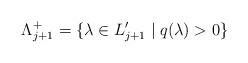
LaTeX: \begin{align*}\Lambda_{j+1}^+=\{\lambda\in L_{j+1}'\mid q(\lambda)>0 \}\end{align*}